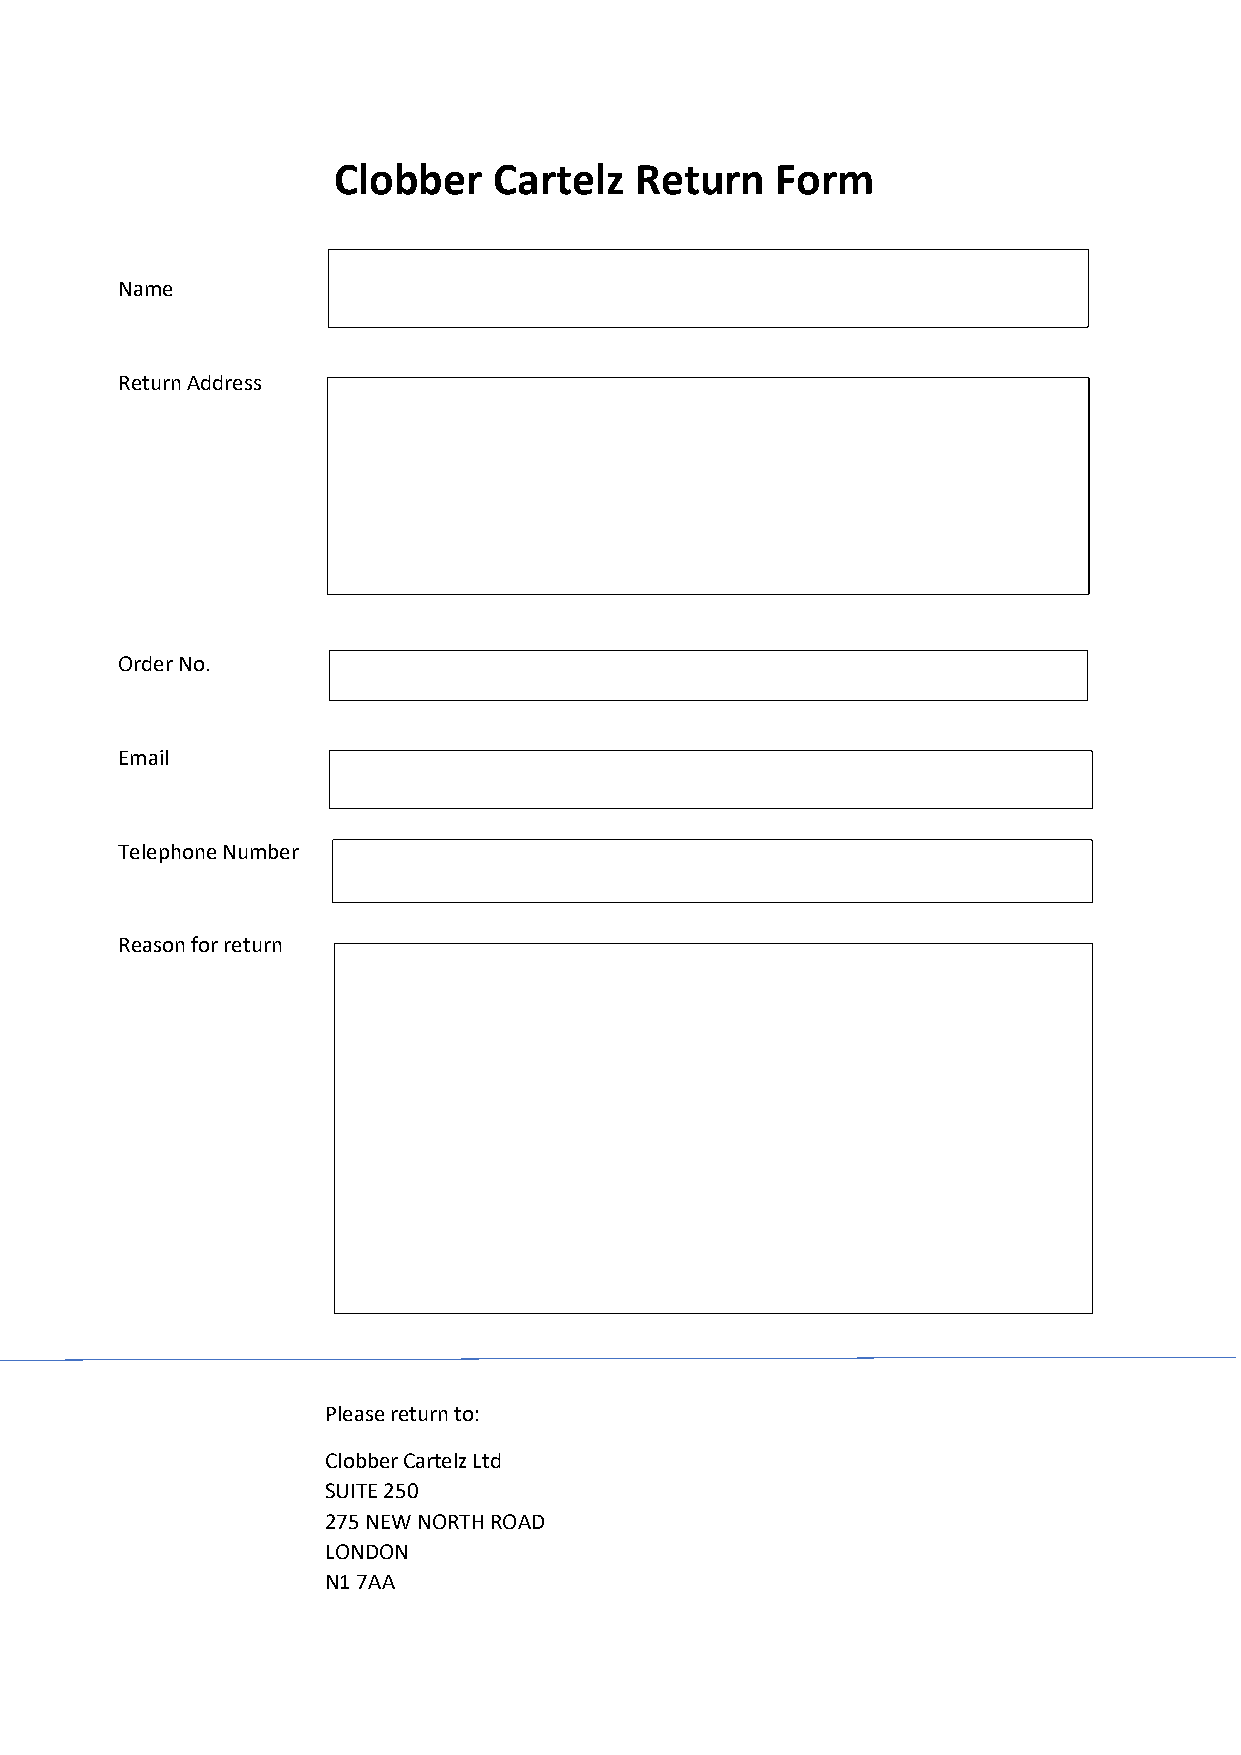
Clobber    Cartelz  Return   Form
 Name
 Return Address
 Order No.
 Email
 Telephone Number
 Reason for return
 Please return to:
 Clobber Cartelz Ltd
 SUITE 250
 275 NEW NORTH ROAD
 LONDON
 N1 7AA